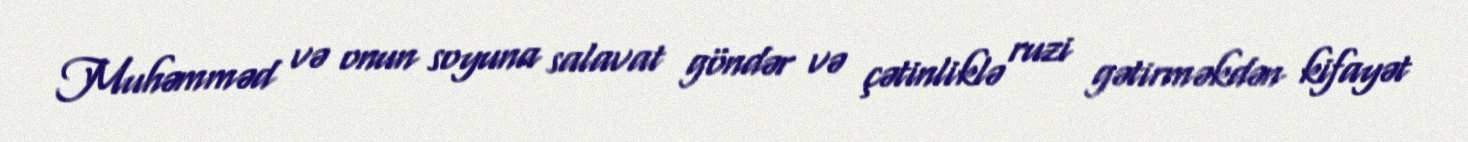
Muhəmməd və onun soyuna salavat göndər və çətinliklə ruzi gətirməkdən kifayət